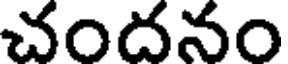
చందనం